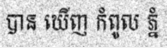
បាន ឃើញ កំពូល ភ្នំ